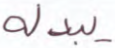
يبدله